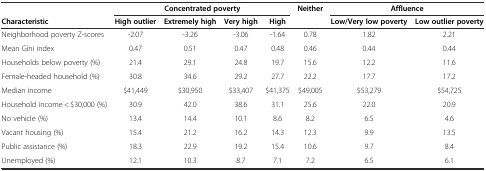
|  | <COLSPAN=4> Concentrated poverty | <ROWSPAN=2> Neither | <COLSPAN=2> Affluence |
 | Characteristic | High outlier | Extremely high | Very high | High | Low/Very low poverty | Low outlier poverty |
 | --- | --- | --- | --- | --- | --- | --- | --- |
 | Neighborhood poverty Z-scores | -2.07 | -3.26 | -3.06 | -1.64 | 0.78 | 1.82 | 2.21 |
 | Mean Gini index | 0.47 | 0.51 | 0.47 | 0.48 | 0.46 | 0.44 | 0.44 |
 | Households below poverty (%) | 21.4 | 29.1 | 24.8 | 19.7 | 15.6 | 12.2 | 11.6 |
 | Female-headed household (%) | 30.8 | 34.6 | 29.2 | 27.7 | 22.2 | 17.7 | 17.2 |
 | Median income | $41,449 | $30,950 | $33,407 | $41,375 | $49,005 | $53,279 | $54,725 |
 | Household income < $30,000 (%) | 30.9 | 42.0 | 38.6 | 31.1 | 25.6 | 22.0 | 20.9 |
 | No vehicle (%) | 13.4 | 14.4 | 10.1 | 8.6 | 8.2 | 6.5 | 4.6 |
 | Vacant housing (%) | 15.4 | 21.2 | 16.2 | 14.3 | 12.3 | 9.9 | 13.5 |
 | Public assistance (%) | 18.3 | 22.9 | 19.2 | 15.4 | 10.6 | 9.7 | 8.4 |
 | Unemployed (%) | 12.1 | 10.3 | 8.7 | 7.1 | 7.2 | 6.5 | 6.1 |